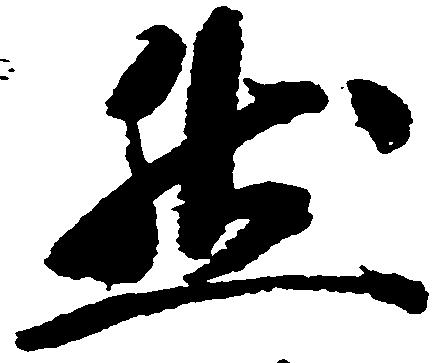
然